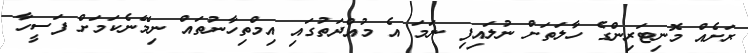
ރަށެއް މޮނިޓަރިންގެ ހާލަތަށް ނުލައިފި ނަމަ އެ މުއްދަތުގައި އިމްތިހާނުތައް ނިމޭނެކަމަށް ފަސީހާ